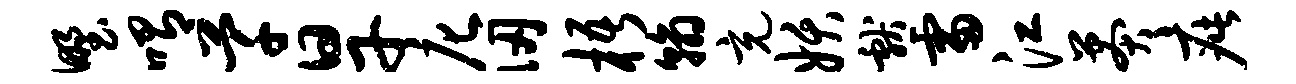
野喟芊旱庀仞梧翰充妖献雷江莽疵